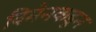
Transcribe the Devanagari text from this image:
विमेनकडून